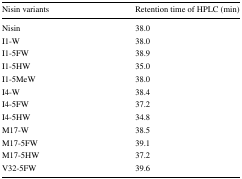
<table><thead><tr><td><b>Nisin variants</b></td><td><b>Retention time of HPLC (min)</b></td></tr></thead><tbody><tr><td>Nisin</td><td>38.0</td></tr><tr><td>I1-W</td><td>38.0</td></tr><tr><td>I1-5FW</td><td>38.9</td></tr><tr><td>I1-5HW</td><td>35.0</td></tr><tr><td>I1-5MeW</td><td>38.0</td></tr><tr><td>I4-W</td><td>38.4</td></tr><tr><td>I4-5FW</td><td>37.2</td></tr><tr><td>I4-5HW</td><td>34.8</td></tr><tr><td>M17-W</td><td>38.5</td></tr><tr><td>M17-5FW</td><td>39.1</td></tr><tr><td>M17-5HW</td><td>37.2</td></tr><tr><td>V32-5FW</td><td>39.6</td></tr></tbody></table>